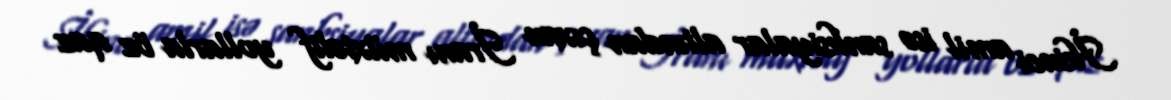
İkinci amil isə sanksiyalar altından çıxan İranı müxtəlif yollarla öz qaz